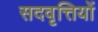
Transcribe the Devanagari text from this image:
सदवृत्तियों